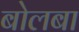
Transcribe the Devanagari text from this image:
बोलबा